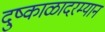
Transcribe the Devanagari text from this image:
दुष्काळादरम्यान